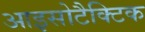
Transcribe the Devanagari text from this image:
आइसोटैक्टिक